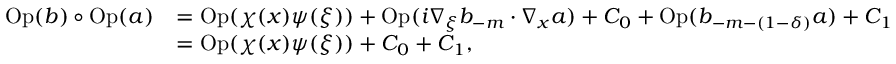
\begin{array} { r l } { \operatorname { O p } ( b ) \circ \operatorname { O p } ( a ) } & { = \operatorname { O p } ( \chi ( x ) \psi ( \xi ) ) + \operatorname { O p } ( i \nabla _ { \xi } b _ { - m } \cdot \nabla _ { x } a ) + C _ { 0 } + \operatorname { O p } ( b _ { - m - ( 1 - \delta ) } a ) + C _ { 1 } } \\ & { = \operatorname { O p } ( \chi ( x ) \psi ( \xi ) ) + C _ { 0 } + C _ { 1 } , } \end{array}